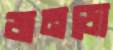
জনডো